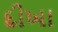
દીખા